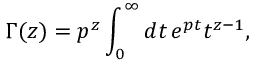
\Gamma ( z ) = p ^ { z } \int _ { 0 } ^ { \infty } d t \, e ^ { p t } t ^ { z - 1 } ,